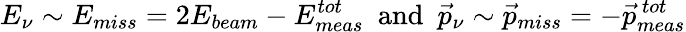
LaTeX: E_{\nu}\sim E_{miss}=2E_{beam}-E_{meas}^{tot}~~\mathrm{and}~~\vec{p}_{\nu}\sim\vec{p}_{miss}=-\vec{p}_{meas}^{~tot}